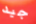
جيد